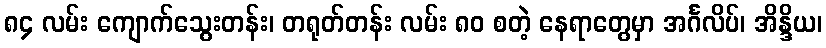
၈၄ လမ်း ကျောက်သွေးတန်း၊ တရုတ်တန်း လမ်း ၈၀ စတဲ့ နေရာတွေမှာ အင်္ဂလိပ်၊ အိန္ဒိယ၊